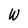
Character: W